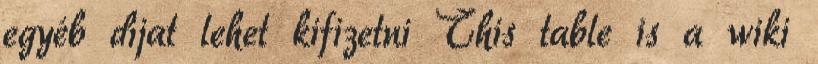
egyéb díjat lehet kifizetni This table is a wiki